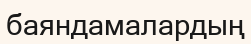
баяндамалардың